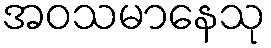
အဝသမာနေသု